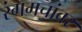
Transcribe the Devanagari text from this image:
रंगमचांवर